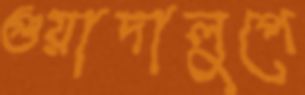
গুয়াদালুপে